Civil Veterinary Department Bengal reports 1933-51 - 1933-1951
Year: 1933
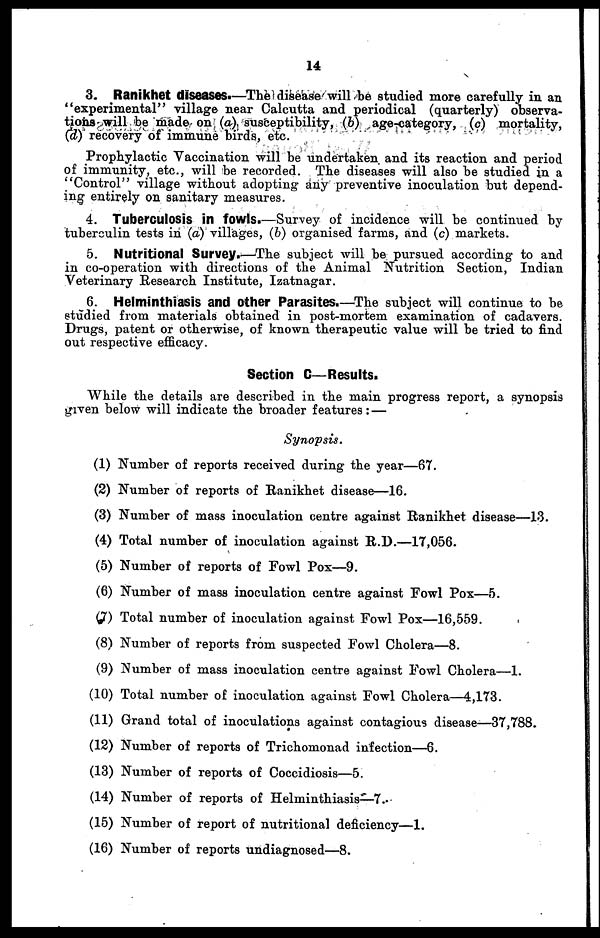
14
3. Ranikhet diseases.—The disease will be studied more carefully in an
"experimental" village near Calcutta and periodical (quarterly) observa-
tions will be made on (a) susceptibility, (b) age-category, (c) mortality,
(d) recovery of immune birds, etc.
Prophylactic Vaccination will be undertaken and its reaction and period
of immunity, etc., will be recorded. The diseases will also be studied in a
"Control" village without adopting any preventive inoculation but depend-
ing entirely on sanitary measures.
4. Tuberculosis in fowls.—Survey of incidence will be continued by
tuberculin tests in (a) villages, (b) organised farms, and (c) markets.
5. Nutritional Survey.—The subject will be pursued according to and
in co-operation with directions of the Animal Nutrition Section, Indian
Veterinary Research Institute, Izatnagar.
6. Helminthiasis and other Parasites.—The subject will continue to be
studied from materials obtained in post-mortem examination of cadavers.
Drugs, patent or otherwise, of known therapeutic value will be tried to find
out respective efficacy.
Section C—Results.
While the details are described in the main progress report, a synopsis
given below will indicate the broader features : —
Synopsis.
(1) Number of reports received during the year—67.
(2) Number of reports of Ranikhet disease—16.
(3) Number of mass inoculation centre against Ranikhet disease—13.
(4) Total number of inoculation against R.D.—17,056.
(5) Number of reports of Fowl Pox—9.
(6) Number of mass inoculation centre against Fowl Pox—5.
(7) Total number of inoculation against Fowl Pox—16,559.
(8) Number of reports from suspected Fowl Cholera—8.
(9) Number of mass inoculation centre against Fowl Cholera—1.
(10) Total number of inoculation against Fowl Cholera—4,173.
(11) Grand total of inoculations against contagious disease—37,788.
(12) Number of reports of Trichomonad infection—6.
(13) Number of reports of Coccidiosis—5.
(14) Number of reports of Helminthiasis—7.
(15) Number of report of nutritional deficiency—1.
(16) Number of reports undiagnosed—8.